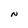
Character: N